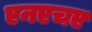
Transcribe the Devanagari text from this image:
एनएचए